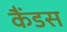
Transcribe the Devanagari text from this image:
कैंडस